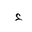
Letter: _hamza